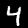
Digit: 4